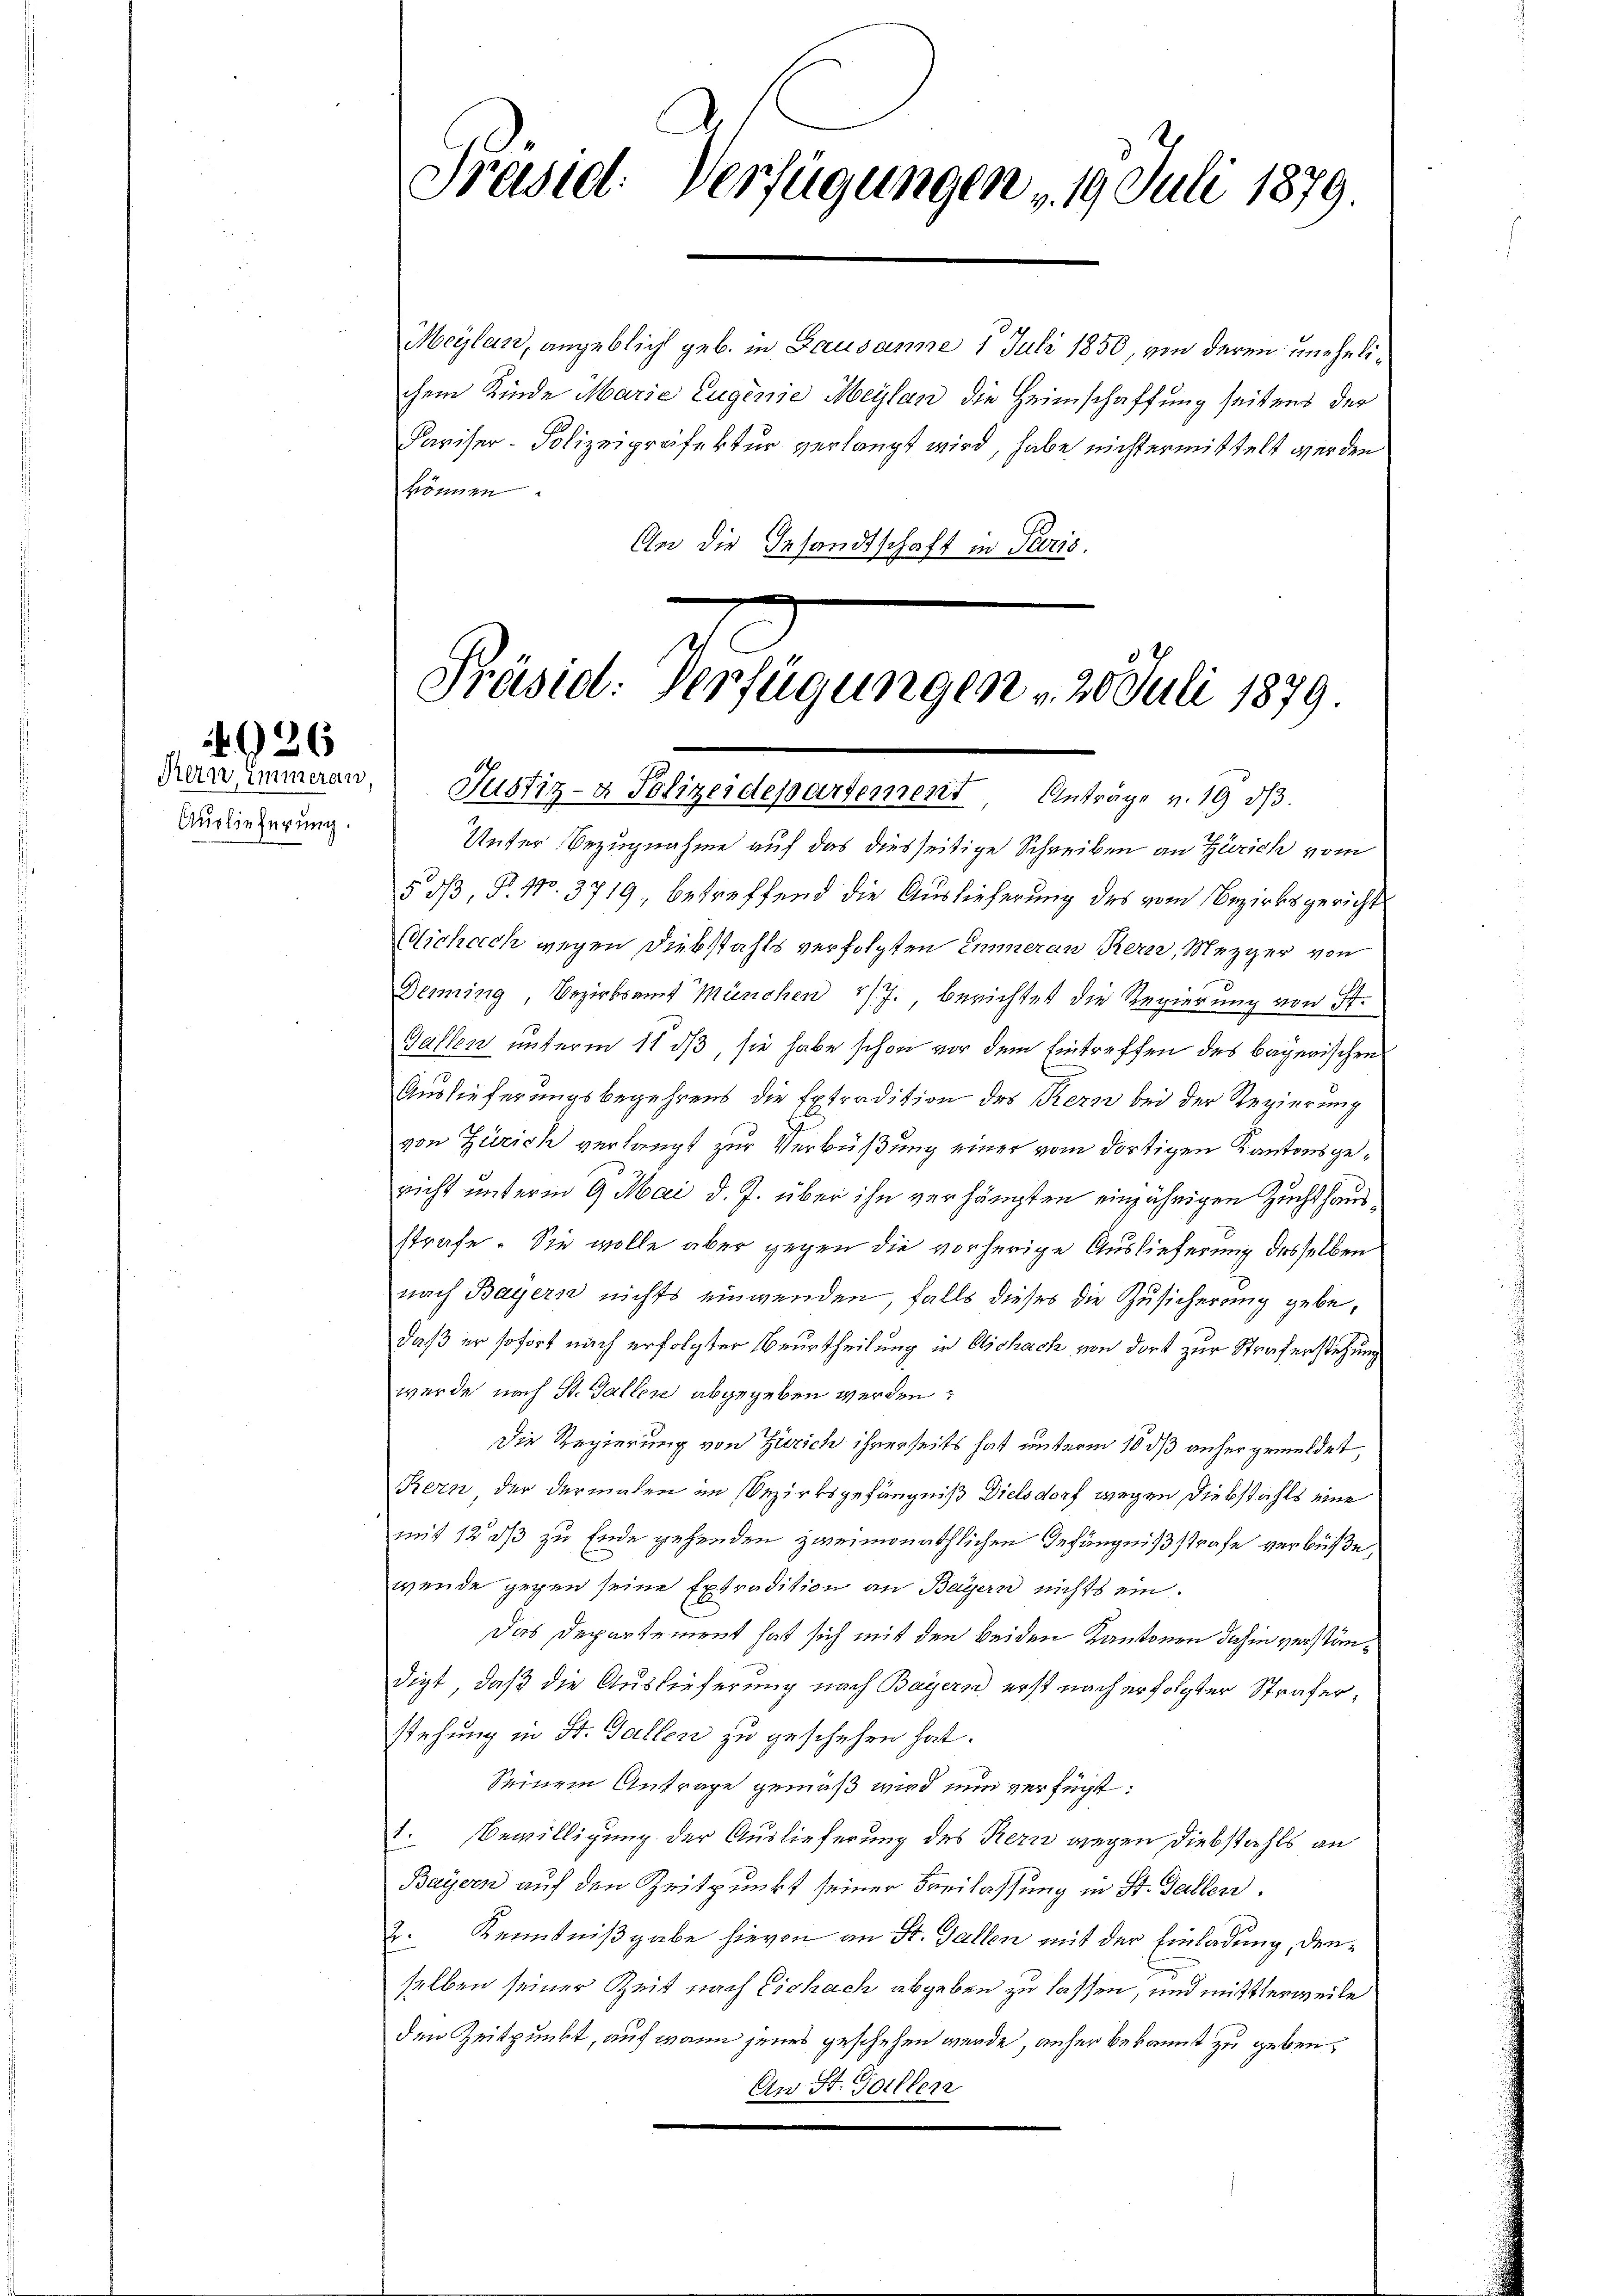
4926

Auslieferung.

Präsid. Verfügungen u. 19. Juli 1879.

Meylen, angeblich geb. in Gausanne 1 Juli 1850, von deren unehelichem Kinde Marie Eugenie Meylan die Heimschaffung seitens der
Pariser-Polizeipräfektur verlangt wird, habe nicht ermittelt werden
können
An die Gesandtschaft in Paris.

Präsid. Verfügungen u. 20. Juli 1879.
dan immern, Justiz- & Polizeidepartement Anträge v. 19 33.

Unter Bezugnahme auf das diesseitige Schreiben an Zürich vom
5 dß, P. 110. 3719, betreffend die Auslieferung des vom Bezirksgericht
Michach wegen Diebstahls verfolgten Emmeran Kern, Mezger von
Denning, Bezirksamt München v. J., berichtet die Regierung von
Gallen unterm 11 dß, sie habe schon vor dem Eintreffen des bayerischen
Auslieferungsbegehrens die Extradition des Kern bei der Regierung
von Zürich verlangt zur Verbüßung einer vom dortigen Kantonsgenicht unterm 9. Mai d. J. über ihn verhängten einjährigen Zuchthausstrafe. Sie wolle aber gegen die vorherige Auslieferung desselben
nach Bayern nichts einwenden, falls dieses die Zusicherung gebe,
daß er sofort nach erfolgter Beurtheilung in Aschach von dort zur Straferstehung
wurde nach St. Gallen abgegeben werden:
Die Regierung von Zürich ihrerseits hat unterm 10 dß anher gemeldet,
Kern, der dermalen im Bezirksgefängniß Dielsdorf wegen Diebstahls eine
mit 12 ds zu Ende gehenden zweimonathlichen Gefängnißstrafe verbüße,
wende gegen seine Extradition an Bayern nichts ein.
Das Departement hat sich mit den beiden Kantonen dahin verständigt, daß die Auslieferung nach Bayern erst nach erfolgter Straferstehung in St. Gallen zu geschehen hat.
Seinem Antrage gemäß wird nun verfügt:
1. Bewilligung der Auslieferung des Kern wegen Diebstahls an
Bayern auf den Zeitpunkt seiner Freilassung in St. Gallen.
2. Kenntnißgabe hievon an St. Gallen mit der Einladung, denselben seiner Zeit nach Eschach abgeben zu lassen, und mittlerweile
den Zeitpunkt, auf wenn jenes geschehen werde, anher bekannt zu geben,
An St. Gallen